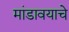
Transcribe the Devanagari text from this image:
मांडावयाचे